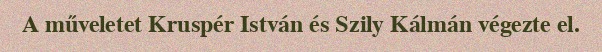
A műveletet Kruspér István és Szily Kálmán végezte el.